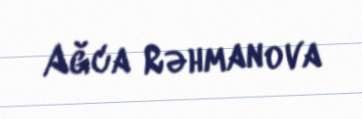
Ağca Rəhmanova